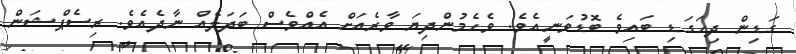
ގަޑިން ދިހަގަޑި ބައިވެ ބޮޑުވަނީއެވެ. ވެހެމުންދިޔަ ވާރެއަށް އެއްވެސް ބަދަލެއް ނާދެއެވެ. ރިސެޕްޝަން